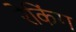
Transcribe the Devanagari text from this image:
रेकिंग